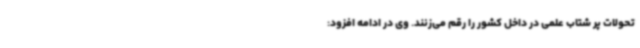
تحولات پر شتاب علمی در داخل کشور را رقم می‌زنند. وی در ادامه افزود: